Report of the Indian Hemp Drugs Commission, 1894-1895 - Volume III
Year: 1894
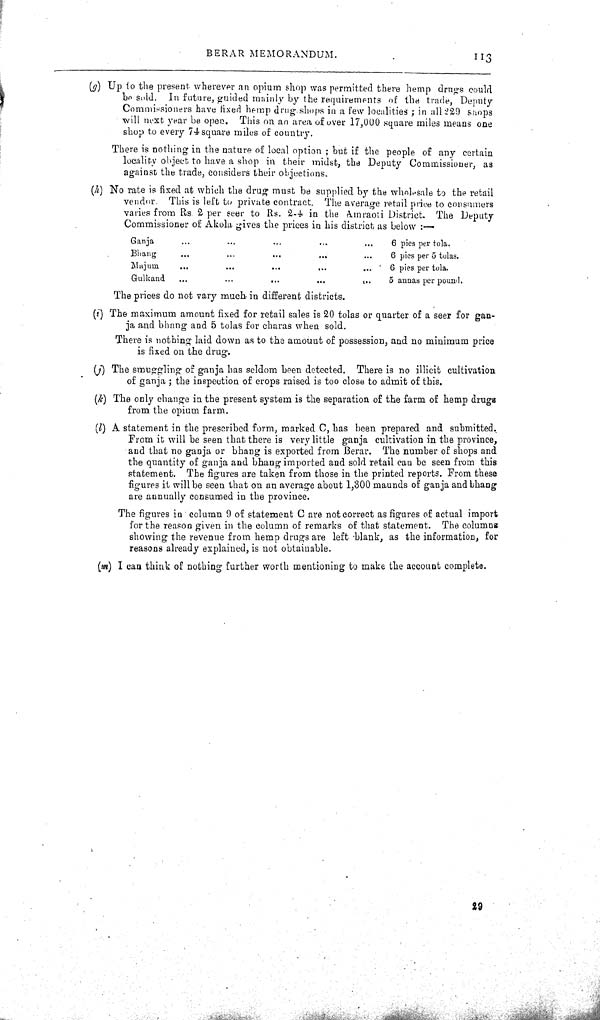
BERAR MEMORANDUM.
113
(g) Up to the present wherever an opium shop was permitted there hemp drugs could
be sold. In future, guided mainly by the requirements of the trade, Deputy
Commissioners have fixed hemp drug shops in a few localities; in all 229 shops
will next year be open. This on an area of over 17,000 square miles means one
shop to every 74 square miles of country.
There is nothing in the nature of local option; but if the people of any certain
locality object to have a shop in their midst, the Deputy Commissioner, as
against the trade, considers their objections.
(h) No rate is fixed at which the drug must be supplied by the wholesale to the retail
vendor. This is left to private contract. The average retail price to consumers
varies from Rs 2 per seer to Rs. 2.4 in the Amraoti District. The Deputy
Commissioner of Akola gives the prices in his district as below:—
Ganja
6 pies per tola.
Bhang
6 pies per 5 tolas.
Majum
6 pies per tola.
Gulkand
5 annas per pound.
The prices do not vary much in different districts.
(i) The maximum amount fixed for retail sales is 20 tolas or quarter of a seer for gan-
ja and bhang and 5 tolas for charas when sold.
There is nothing laid down as to the amount of possession, and no minimum price
is fixed on the drug.
(j) The smuggling of ganja has seldom been detected. There is no illicit cultivation
of ganja; the inspection of crops raised is too close to admit of this.
(k) The only change in the present system is the separation of the farm of hemp drugs
from the opium farm.
(l) A statement in the prescribed form, marked C, has been prepared and submitted.
From it will be seen that there is very little ganja cultivation in the province,
and that no ganja or bhang is exported from Berar. The number of shops and
the quantity of ganja and bhang imported and sold retail can be seen from this
statement. The figures are taken from those in the printed reports. From these
figures it will be seen that on an average about 1,300 maunds of ganja and bhang
are annually consumed in the province.
The figures in column 9 of statement C are not correct as figures of actual import
for the reason given in the column of remarks of that statement. The columns
showing the revenue from hemp drugs are left blank, as the information, for
reasons already explained, is not obtainable.
(m) I can think of nothing further worth mentioning to make the account complete.
29